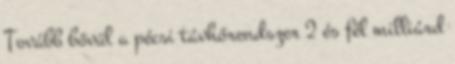
Tovább bővül a pécsi távhőrendszer 2 és fél milliárd